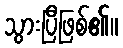
သွားပြီဖြစ်၏။